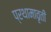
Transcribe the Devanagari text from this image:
प्रथामावृती